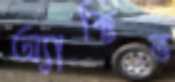
অ্যাক্টিভ